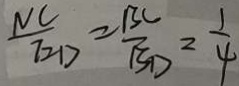
\frac { N C } { E D } = \frac { B C } { B D } = \frac { 1 } { 4 }